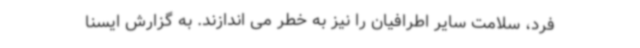
فرد، سلامت سایر اطرافیان را نیز به خطر می اندازند. به گزارش ایسنا